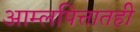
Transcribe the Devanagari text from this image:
आम्लपित्तातही